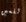
للعين